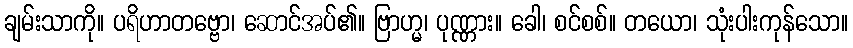
ချမ်းသာကို။ ပရိဟာတဗ္ဗော၊ ဆောင်အပ်၏။ ဗြာဟ္မ၊ ပုဏ္ဏား။ ခေါ၊ စင်စစ်။ တယော၊ သုံးပါးကုန်သော။